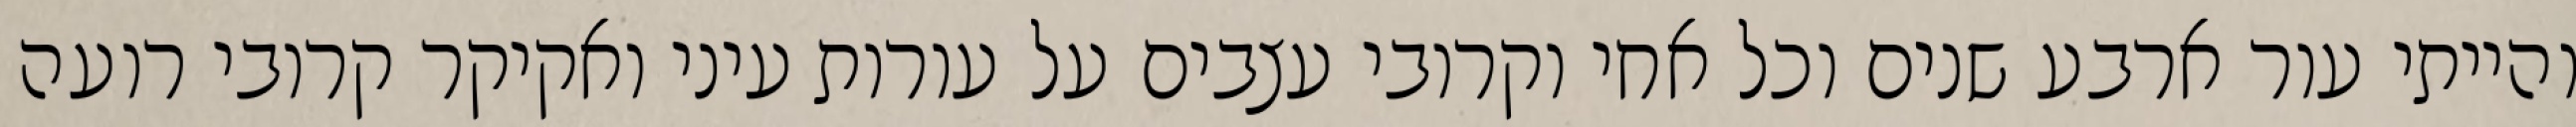
והייתי עור ארבע שנים וכל אחי וקרובי עצבים על עורות עיני ואקיקר קרובי רועה